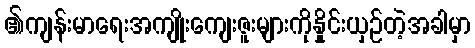
၏ကျန်းမာရေးအကျိုးကျေးဇူးများကိုနှိုင်းယှဉ်တဲ့အခါမှာ